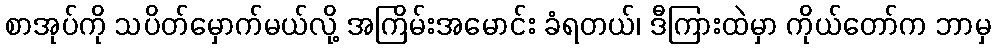
စာအုပ်ကို သပိတ်မှောက်မယ်လို့ အကြိမ်းအမောင်း ခံရတယ်၊ ဒီကြားထဲမှာ ကိုယ်တော်က ဘာမှ